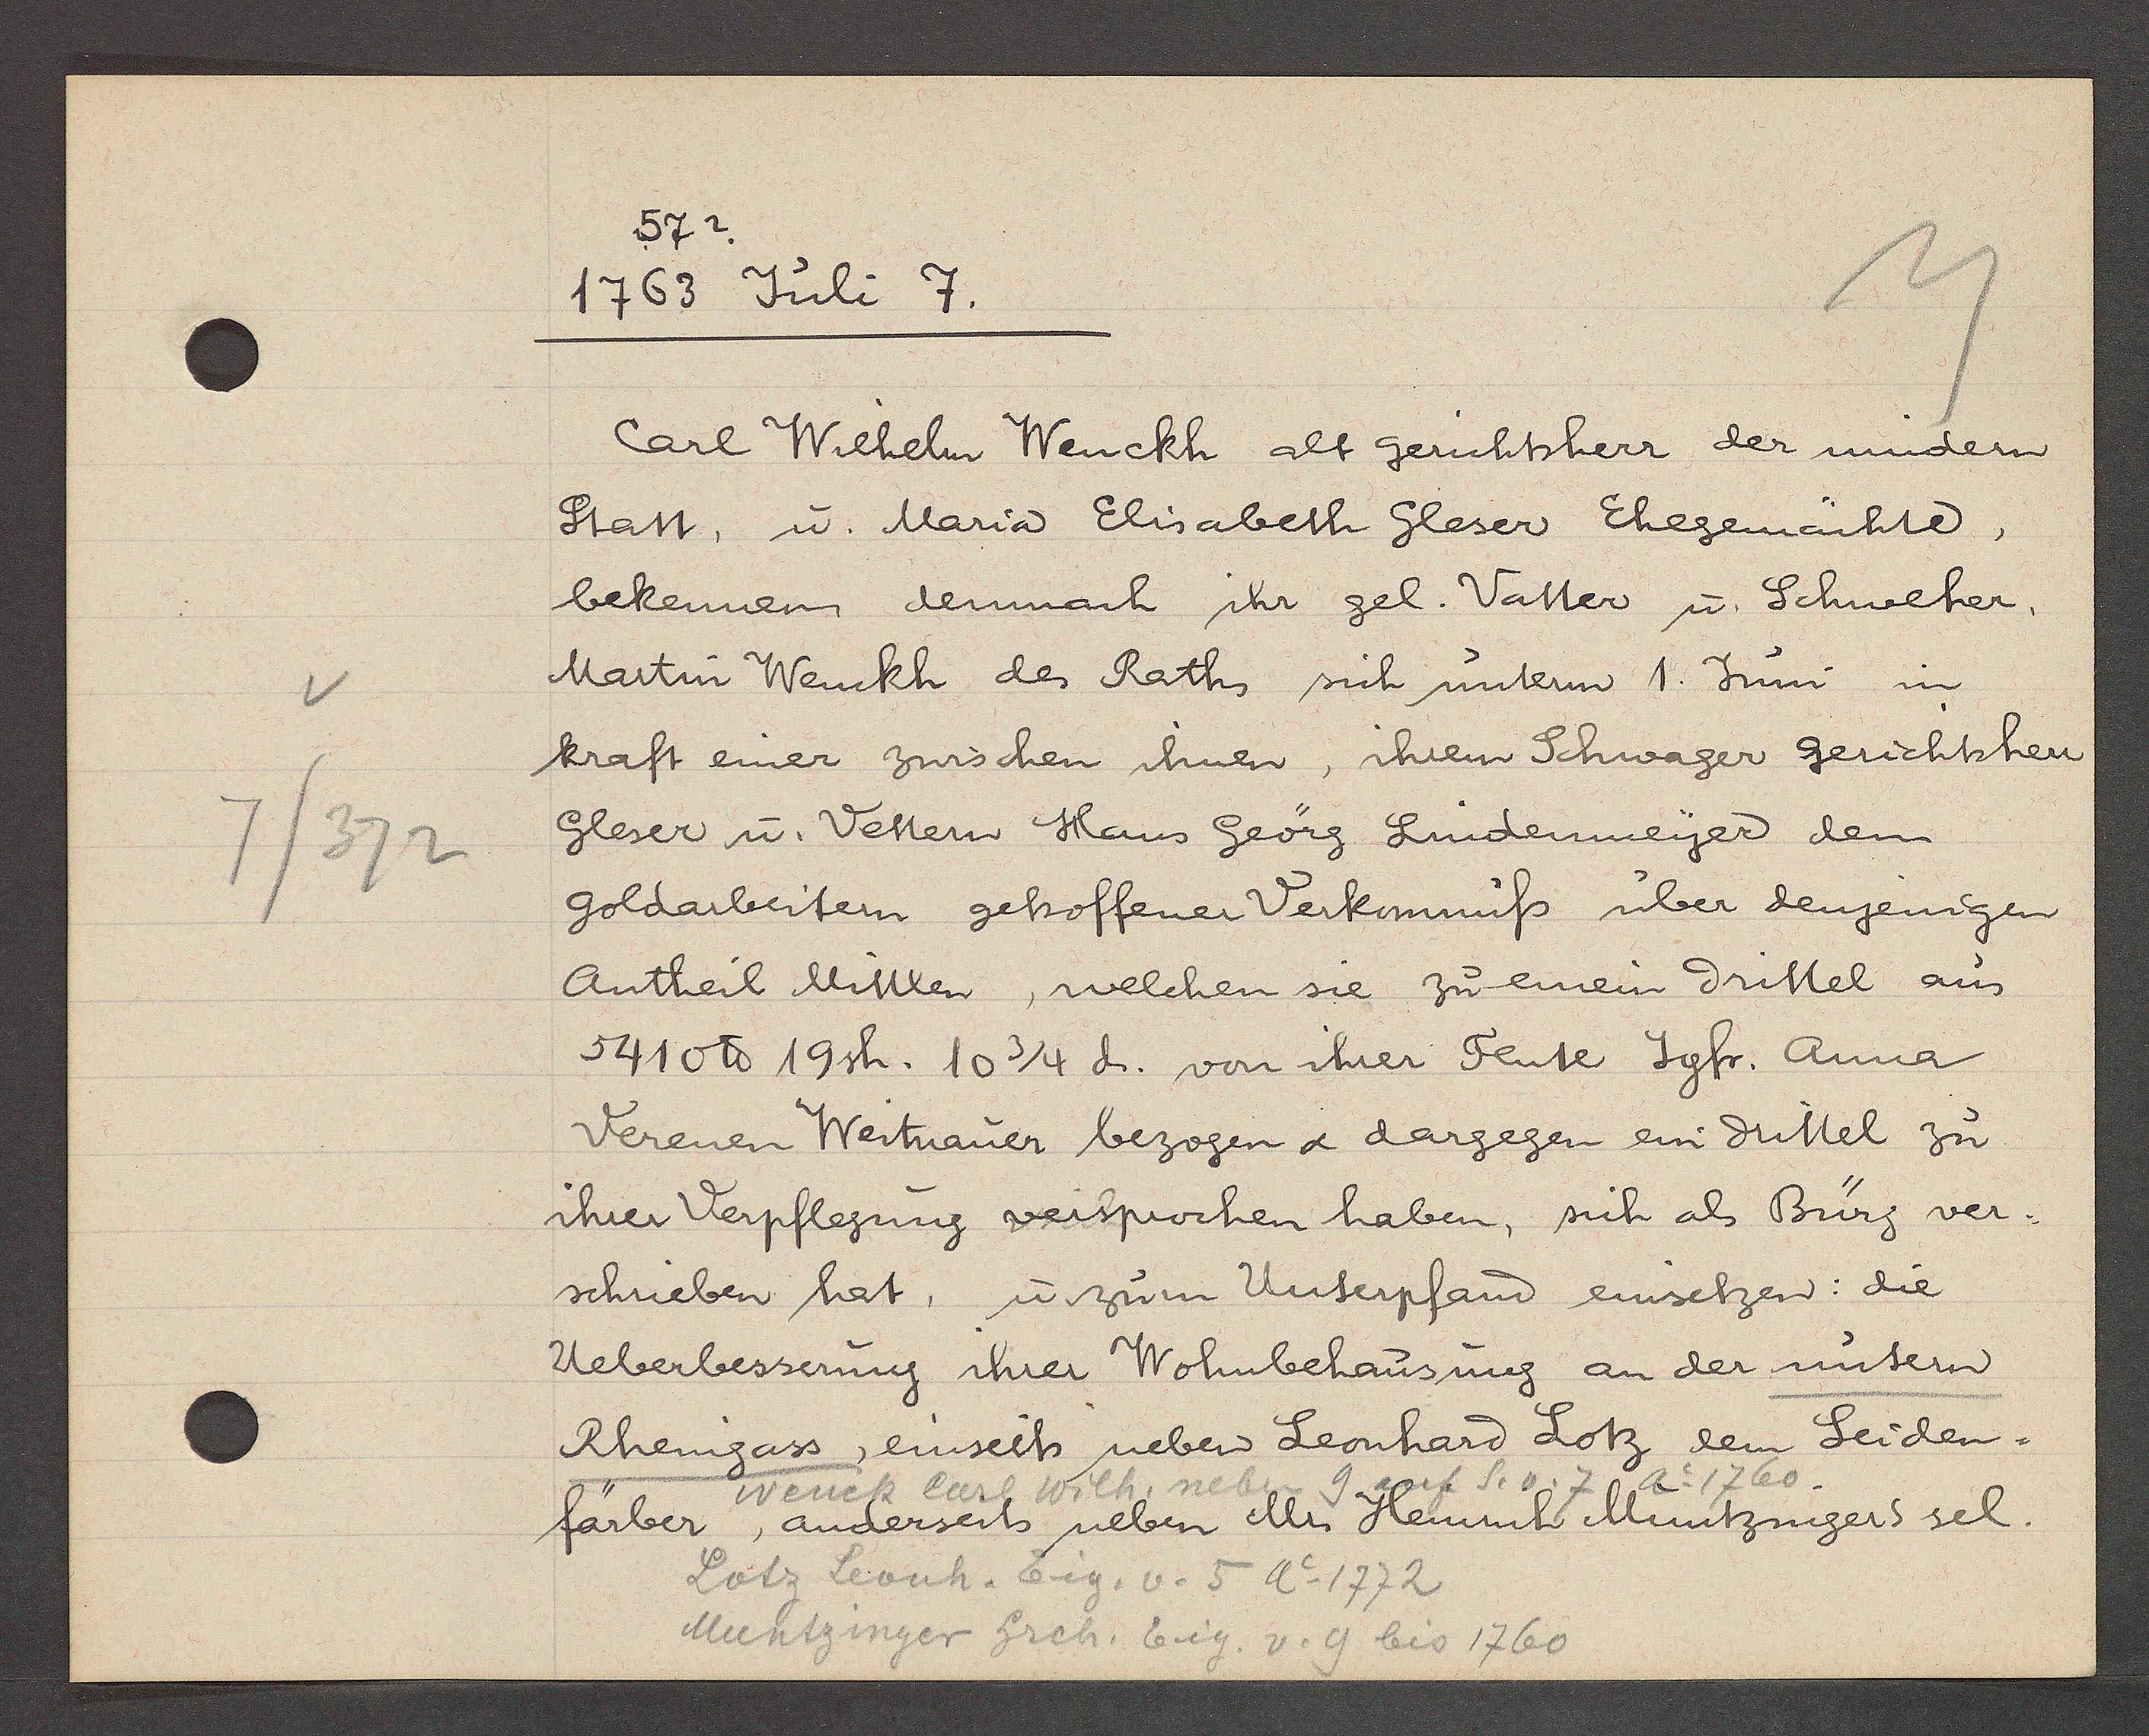
Transcript:
v
7/372

57?
1763 Juli 7.

Carl Wilhelm Wenckh alt gerichtsherr der mindern
Statt, u. Maria Elisabeth Gleser Ehegemähte,
bekennen denmach ihr gel. Vatter u. Schweher,
Martin Wenckh des Raths sich unterm 1. Juni in
kraft einer zwischen ihnen, ihrem Schwager gerichtsher
Gleser u. Vettern Hans Geörg Lindenmeyer dem
goldarbeitern gehoffener Verkommniss über denjenigen
Antheil Mittten, welchen sie zu einem drittel aus
5410 ℔ 19sh. 10 3/4 d. von ihrer Tante Jgfr. Anna
Verenen Weitmauer bezogen & dargegen ein drittel zu
ihrer Verpflegung versprochen haben, sich ab Bürg ver¬
schrieben hat, u zum Unterpfand einsetzen: die
Ueberbesserung ihrer Wohnbehausung an der untern
Rheingass, einseits neben Leonhard Lotz dem Seiden¬
färber, anderseits neben Mr. Heinrich Muntzingers sel.

Wenck Carl Wilh. neben
9
auf S.v. 7
ao 1760.

Lotz Leonh. Eig. v. 5 Ao 1772
Muntzinger hrch. Eig. v. 9 bis 1760